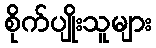
စိုက်ပျိုးသူများ